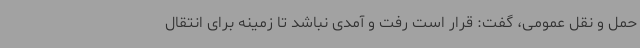
حمل و نقل عمومی، گفت: قرار است رفت و آمدی نباشد تا زمینه برای انتقال